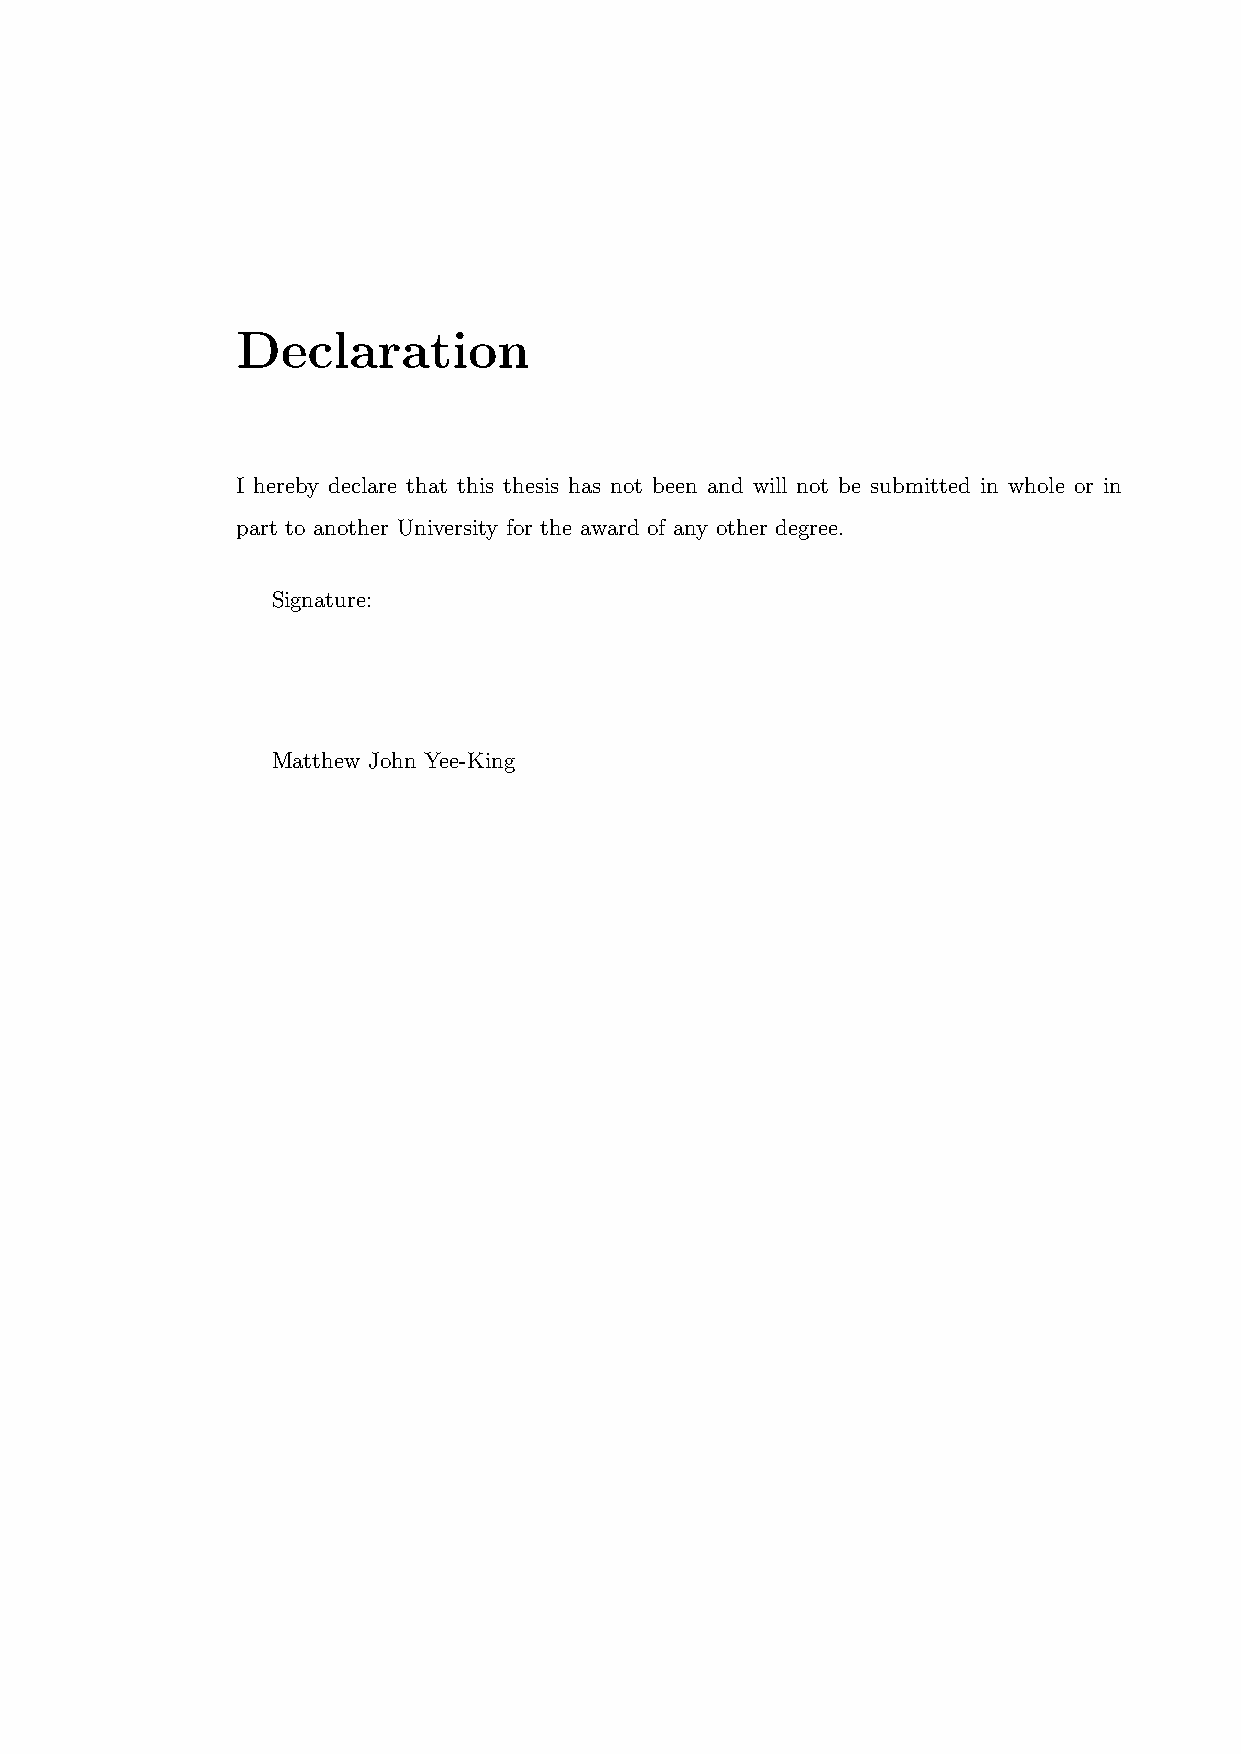
Declaration
 I hereby declare that this thesis has not been and will not be submitted in whole or in
 part to another University for the award of any other degree.
 Signature:
 Matthew John Yee-King